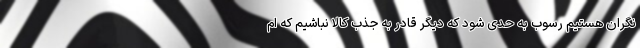
نگران هستیم رسوب به حدی شود که دیگر قادر به جذب کالا نباشیم که ام